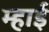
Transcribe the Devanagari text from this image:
म्हाई